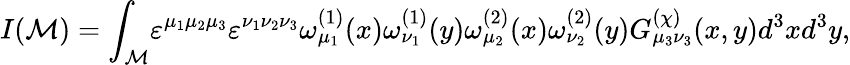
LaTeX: I({\cal M})={\int}_{\cal M}{\varepsilon}^{{\mu}_{1}{\mu}_{2}{\mu}_{3}}{\varepsilon}^{{\nu}_{1}{\nu}_{2}{\nu}_{3}}{\omega}_{{\mu}_{1}}^{(1)}(x){\omega}_{{\nu}_{1}}^{(1)}(y){\omega}_{{\mu}_{2}}^{(2)}(x){\omega}_{{\nu}_{2}}^{(2)}(y)G_{{\mu}_{3}{\nu}_{3}}^{(\chi)}(x,y)d^{3}xd^{3}y,